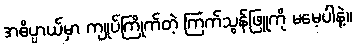
အဓိပ္ပာယ်မှာ ကျုပ်ကြိုက်တဲ့ ကြက်သွန်ဖြူကို မမေ့ပါနဲ့။